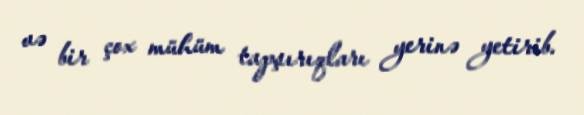
və bir çox mühüm tapşırıqları yerinə yetirib.